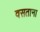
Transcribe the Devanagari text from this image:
वसताना